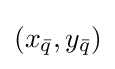
(x_{\bar {q}},y_{\bar {q}})